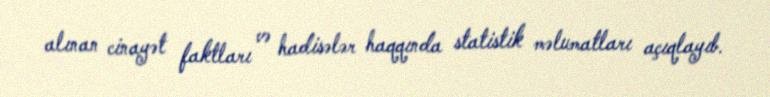
alınan cinayət faktları və hadisələr haqqında statistik məlumatları açıqlayıb.